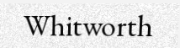
Whitworth